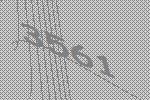
3561